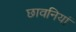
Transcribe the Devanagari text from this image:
छावनियां